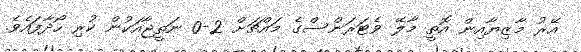
އޭރު މާޒިޔާއިން އޮތީ މާލޭ ވެޓަރަންސްގެ މައްޗަށް 2-0 ނަތީޖާއަކުން ކުރި ހޯދާފައެވެ.